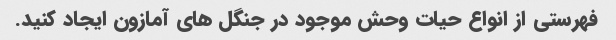
فهرستی از انواع حیات وحش موجود در جنگل های آمازون ایجاد کنید.